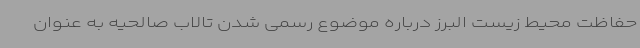
حفاظت محیط زیست البرز درباره موضوع رسمی شدن تالاب صالحیه به عنوان